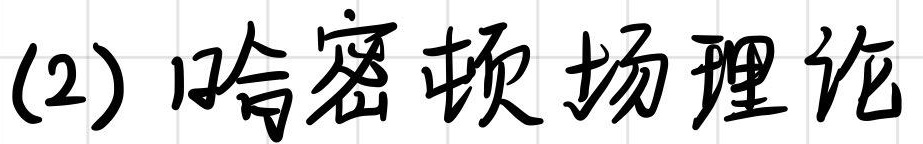
(2) 哈密顿场理论